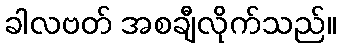
ခါလဗတ် အစချီလိုက်သည်။